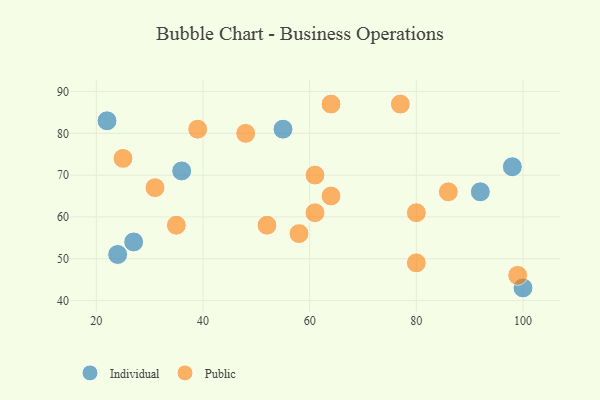
{"axis": {"x": "GDP", "y": "Life Expectancy"}, "legend": ["Individual", "Public"], "data": [{"x": "24", "y": 51, "type": "Individual"}, {"x": "100", "y": 43, "type": "Individual"}, {"x": "22", "y": 83, "type": "Individual"}, {"x": "27", "y": 54, "type": "Individual"}, {"x": "98", "y": 72, "type": "Individual"}, {"x": "92", "y": 66, "type": "Individual"}, {"x": "36", "y": 71, "type": "Individual"}, {"x": "55", "y": 81, "type": "Individual"}, {"x": "64", "y": 87, "type": "Public"}, {"x": "31", "y": 67, "type": "Public"}, {"x": "25", "y": 74, "type": "Public"}, {"x": "61", "y": 61, "type": "Public"}, {"x": "61", "y": 70, "type": "Public"}, {"x": "99", "y": 46, "type": "Public"}, {"x": "58", "y": 56, "type": "Public"}, {"x": "39", "y": 81, "type": "Public"}, {"x": "86", "y": 66, "type": "Public"}, {"x": "48", "y": 80, "type": "Public"}, {"x": "64", "y": 65, "type": "Public"}, {"x": "77", "y": 87, "type": "Public"}, {"x": "52", "y": 58, "type": "Public"}, {"x": "80", "y": 49, "type": "Public"}, {"x": "80", "y": 61, "type": "Public"}, {"x": "35", "y": 58, "type": "Public"}]}